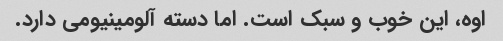
اوه، این خوب و سبک است. اما دسته آلومینیومی دارد.